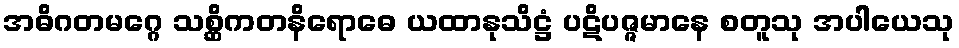
အဓိဂတမဂ္ဂေ သစ္ဆိကတနိရောဓေ ယထာနုသိဋ္ဌံ ပဋိပဇ္ဇမာနေ စတူသု အပါယေသု